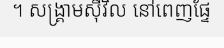
។ សង្គ្រាមស៊ីវិល នៅពេញផ្ទែ